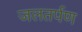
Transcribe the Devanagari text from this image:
जलतर्पण